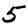
Digit: 5